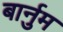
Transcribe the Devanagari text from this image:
बार्नुम